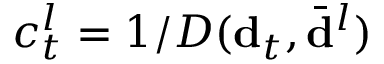
c _ { t } ^ { l } = 1 / D ( { \bf d } _ { t } , \bar { { \bf d } } ^ { l } )